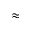
\approx